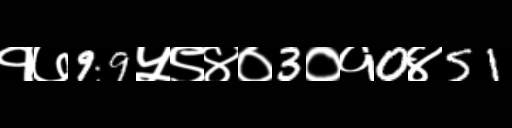
Text: १७99५९४०3०१0४51